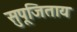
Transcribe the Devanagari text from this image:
सुपूजिताय